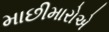
માછીમારોએ